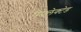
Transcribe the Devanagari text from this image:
रिफ़्लेक्टेड